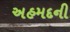
અહમદની